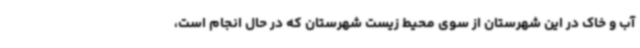
آب و خاک در این شهرستان از سوی محیط زیست شهرستان که در حال انجام است،